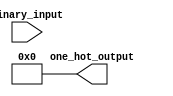
module b2onehot(binary_input, one_hot_output);
parameter N = 4;
input wire [N-1:0] binary_input; // N-bit binary input
output reg [2**N-1:0] one_hot_output; // 2^N-bit one-hot encoded output

assign one_hot_output = 0; // Initialize all bits to 0

integer i;
always @* begin
    for (i = 0; i < 2**N; i = i + 1) begin
        if (i == binary_input)
            one_hot_output[i] = 1;		// it shifts from the rightmost bit to the left
        else
            one_hot_output[i] = 0;
    end
end

endmodule